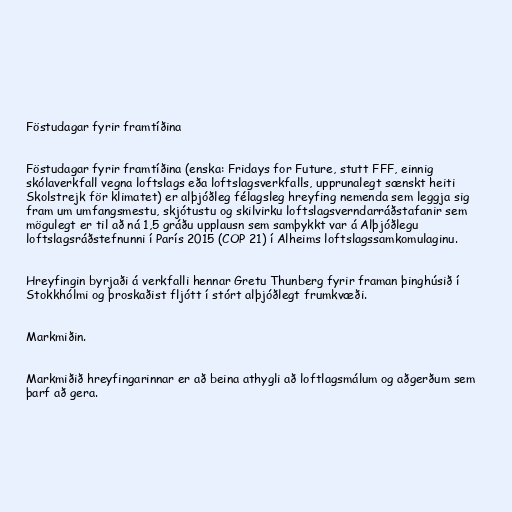
Föstudagar fyrir framtíðina

Föstudagar fyrir framtíðina (enska: Fridays for Future, stutt FFF, einnig
skólaverkfall vegna loftslags eða loftslagsverkfalls, upprunalegt sænskt heiti
Skolstrejk för klimatet) er alþjóðleg félagsleg hreyfing nemenda sem leggja sig
fram um umfangsmestu, skjótustu og skilvirku loftslagsverndarráðstafanir sem
mögulegt er til að ná 1,5 gráðu upplausn sem samþykkt var á Alþjóðlegu
loftslagsráðstefnunni í París 2015 (COP 21) í Alheims loftslagssamkomulaginu.

Hreyfingin byrjaði á verkfalli hennar Gretu Thunberg fyrir framan þinghúsið í
Stokkhólmi og þroskaðist fljótt í stórt alþjóðlegt frumkvæði.

Markmiðin.

Markmiðið hreyfingarinnar er að beina athygli að loftlagsmálum og aðgerðum sem
þarf að gera.